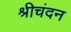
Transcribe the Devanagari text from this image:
श्रीचंदन